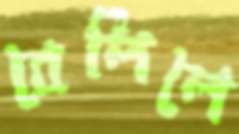
বেলিলে